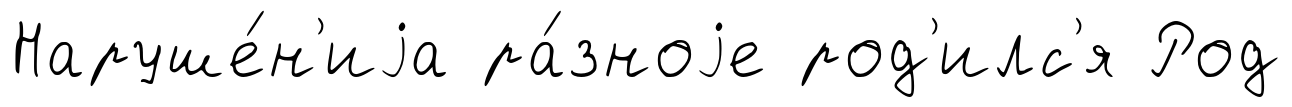
Наруше́н'иjа ра́зноjе род'илс'я Род